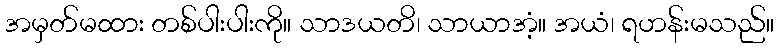
အမှတ်မထား တစ်ပါးပါးကို။ သာဒယတိ၊ သာယာအံ့။ အယံ၊ ရဟန်းမသည်။